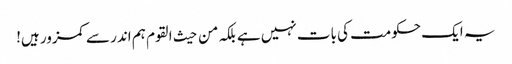
یہ ایک حکومت کی بات نہیں ہے بلکہ من حیث القوم ہم اندر سے کمزور ہیں!